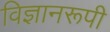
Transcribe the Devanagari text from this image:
विज्ञानरूपी